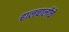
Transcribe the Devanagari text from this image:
हालचालीचे